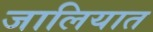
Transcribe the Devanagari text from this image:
जालियात